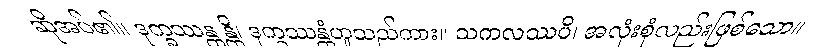
ဆိုအပ်၏။ ဒုက္ခဿန္တန္တိ၊ ဒုက္ခဿန္တံဟူသည်ကား။ သကလဿပိ၊ အလုံးစုံလည်းဖြစ်သော။